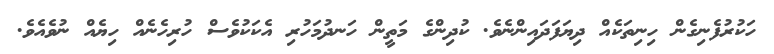
ހަކުރުފެނިގެން ހިނިތަކެއް ދިޔަފަދައިންނެވެ. ކުދިންގެ މަތީން ހަނދުމަހުރި އެކަކުވެސް ހުރިހެނެއް ހިޔެއް ނުވެއެވެ.